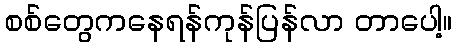
စစ်တွေကနေရန်ကုန်ပြန်လာ တာပေါ့။